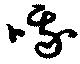
哦